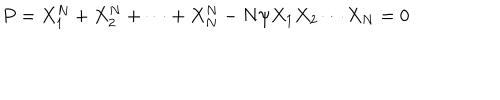
P = X _ { 1 } ^ { N } + X _ { 2 } ^ { N } + \cdots + X _ { N } ^ { N } - N \psi X _ { 1 } X _ { 2 } \cdots X _ { N } = 0